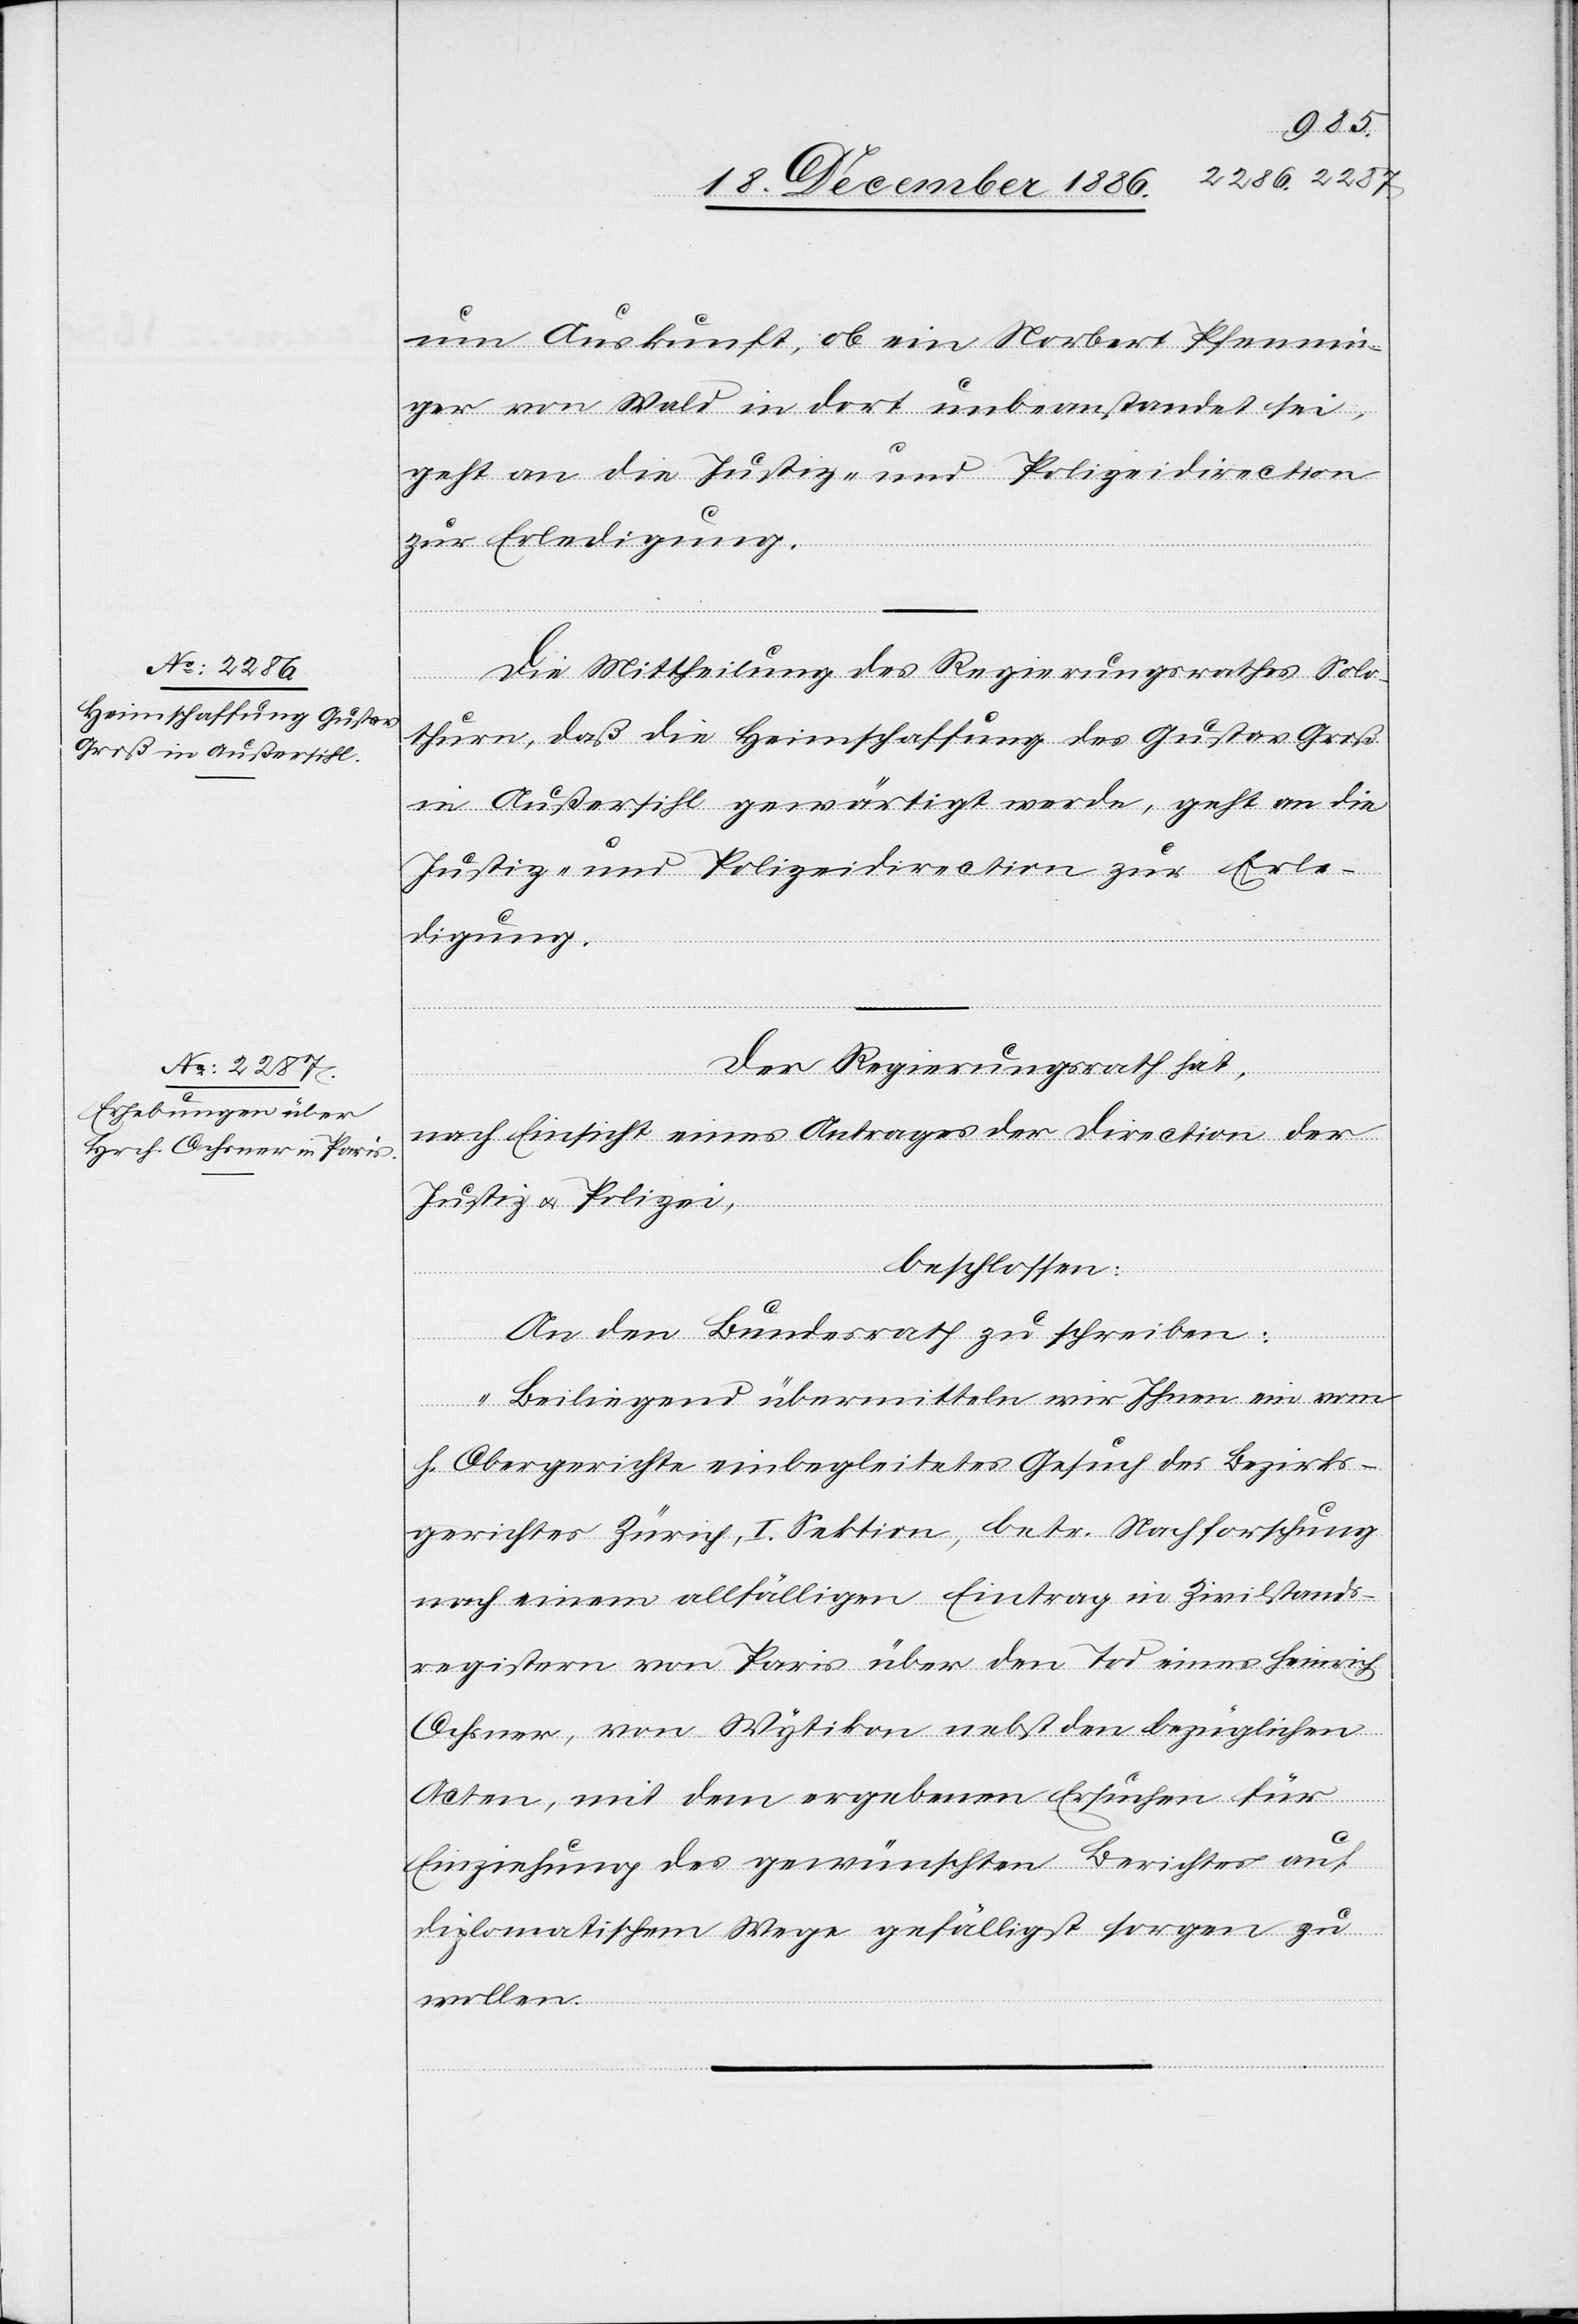
um Auskunft, ob ein Norbert Pfennin¬
ger von Wald in dort unbeanstandet sei,
geht an die Justiz- & Polizeidirection
zur Erledigung.
Die Mittheilung des Regierungsrathes Solo¬
thurn, daß die Heimschaffung des Gustav Groß
in Außersihl gewärtigt werde, geht an die
Justiz- & Polizeidirection zur Erle¬
digung.
Der Regierungsrath hat,
20. December
nach Einsicht eines Antrages der Direction der
Justiz & Polizei,
beschlossen:
An den Bundesrath zu schreiben:
„Beiliegend übermitteln wir Ihnen ein vom
h. Obergerichte einbegleitetes Gesuch des Bezirks¬
gerichtes Zürich, I. Sektion, betr. Nachforschung
nach einem allfälligen Eintrag in Zivilstands¬
registern von Paris über den Tod eines Heinrich
Ochsner, von Wytikon nebst den bezüglichen
Acten, mit dem ergebenen Ersuchen für
Einziehung des gewünschten Berichtes auf
diplomatischem Wege gefälligst sorgen zu
wollen.